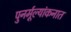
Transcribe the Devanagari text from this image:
पुनर्मूल्यांकनात